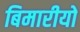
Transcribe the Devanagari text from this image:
बिमारीयो